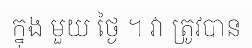
ក្នុង មួយ ថ្ងៃ ។ វា ត្រូវបាន